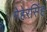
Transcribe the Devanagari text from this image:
मेहेरसिंह